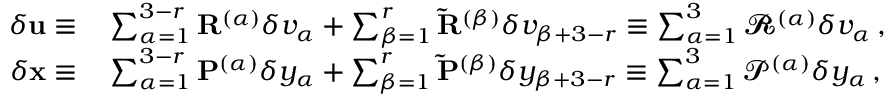
\begin{array} { r l } { \delta { \mathbf { u } } \equiv } & { { } \sum _ { \alpha = 1 } ^ { 3 - r } \mathbf { R } ^ { ( \alpha ) } \delta v _ { \alpha } + \sum _ { \beta = 1 } ^ { r } \mathbf { \tilde { R } } ^ { ( \beta ) } \delta v _ { \beta + 3 - r } \equiv \sum _ { \alpha = 1 } ^ { 3 } \mathbfcal { R } ^ { ( \alpha ) } \delta v _ { \alpha } \, , } \\ { \delta { \mathbf { x } } \equiv } & { { } \sum _ { \alpha = 1 } ^ { 3 - r } \mathbf { P } ^ { ( \alpha ) } \delta y _ { \alpha } + \sum _ { \beta = 1 } ^ { r } \mathbf { \tilde { P } } ^ { ( \beta ) } \delta y _ { \beta + 3 - r } \equiv \sum _ { \alpha = 1 } ^ { 3 } \mathbfcal { P } ^ { ( \alpha ) } \delta y _ { \alpha } \, , } \end{array}